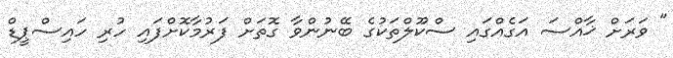
" ވަރަށް ޚާއްސަ އަގެއްގައި ސްކޫލްތަކުގެ ބޭނުންވާ ގޮތަށް ފަރުމާކޮށްފައި ހުރި ހައިސްޕީޑް